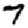
Digit: 7